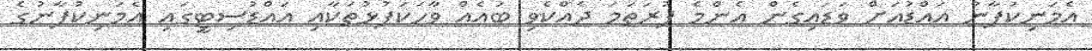
އެމަނިކުފާނު އައްޑުއަށް ވަޑައިގެން އެންމެ ފުރަތަމަ ދެއްކެވި ބައެއް ވާހަކަފުޅުތަކާއި އައްޑުސިޓީގައި އެމަނިކުފާނުގެ